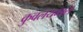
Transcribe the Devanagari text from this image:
कुवलयमाल